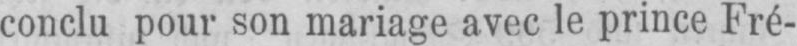
conclu pour son mariage avec le prince Fré-